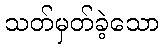
သတ်မှတ်ခဲ့သော